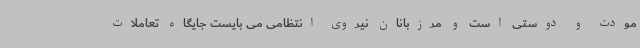
مودت و دوستی است و مرزبانان نیروی انتظامی می بایست جایگاه تعاملات